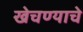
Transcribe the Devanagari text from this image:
खेचण्याचे